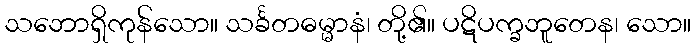
သဘောရှိကုန်သော။ သင်္ခတဓမ္မာနံ၊ တို့၏။ ပဋိပက္ခဘူတေန၊ သော။